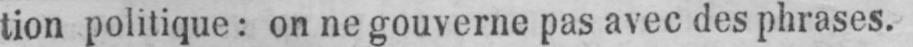
tion politique: on ne gouverne pas avec des phrases.